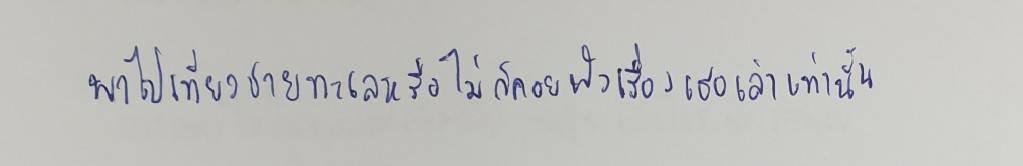
พาไปเที่ยวชายทะเลหรือไม่ก็คอยฟังเรื่องที่เธอเล่าเท่านั้น